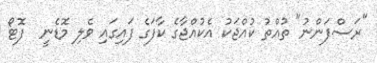
"ރަސްފަންނު" ތުއްތު ކުއްޖަކު އެކުއްޖާގެ ކާފަގެ ފައިގައި ވެލި މޮޑެނީ  ފޮޓޯ